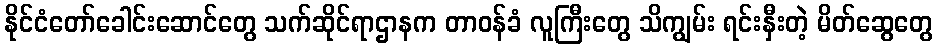
နိုင်ငံတော်ခေါင်းဆောင်တွေ သက်ဆိုင်ရာဌာနက တာဝန်ခံ လူကြီးတွေ သိကျွမ်း ရင်းနှီးတဲ့ မိတ်ဆွေတွေ